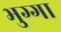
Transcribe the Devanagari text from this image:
भुग्गा